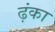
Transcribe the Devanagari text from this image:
ढ़ंका